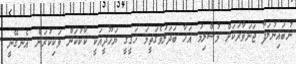
ނުބައިނުލަފާ ޖަނަވާރަކަށް މުސްލިމު އަޚާ ބަދަލުވެގަތީމަ ހަގީގީ ޔަހޫދީއަކީ ކާކުކަން ވަކިކުރަން އެނގޭނީ